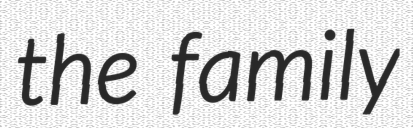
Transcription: the family